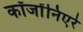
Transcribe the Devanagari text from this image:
कॉजोंनिएरे